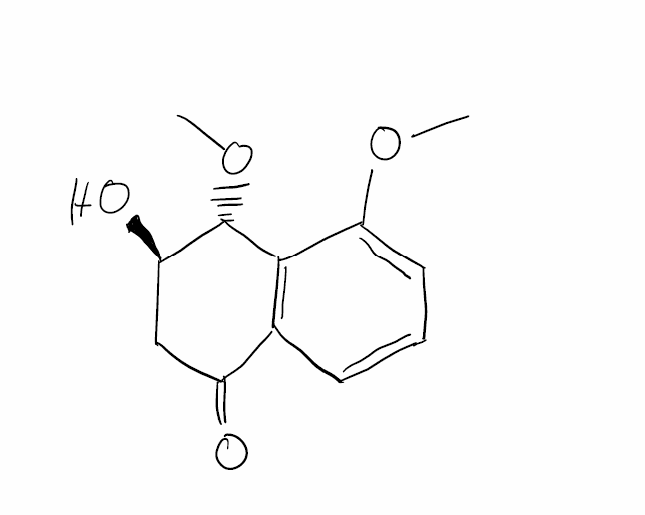
Simplified molecular-input line-entry system (SMILES) notation of the given molecule:
CO[C@H]1[C@@H](CC(=O)C2=C1C(=CC=C2)OC)O